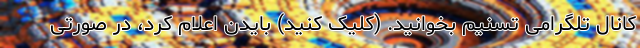
کانال تلگرامی تسنیم بخوانید. (کلیک کنید) بایدن اعلام کرد، در صورتی